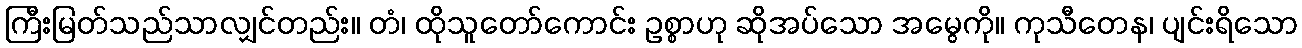
ကြီးမြတ်သည်သာလျှင်တည်း။ တံ၊ ထိုသူတော်ကောင်း ဥစ္စာဟု ဆိုအပ်သော အမွေကို။ ကုသီတေန၊ ပျင်းရိသော